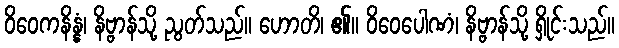
ဝိဝေကနိန္နံ၊ နိဗ္ဗာန်သို့ ညွတ်သည်။ ဟောတိ၊ ၏။ ဝိဝေပေါဏံ၊ နိဗ္ဗာန်သို့ ရှိုင်းသည်။